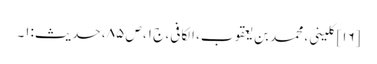
[۱۶] کلینی، محمد بن یعقوب، الکافی، ج ۱، ص ۸۵، حدیث:۱۔